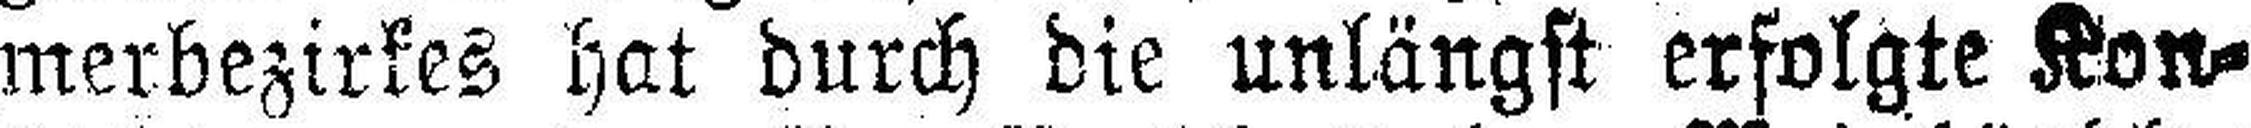
merbezirkes hat durch die unlängst erfolgte Kon¬